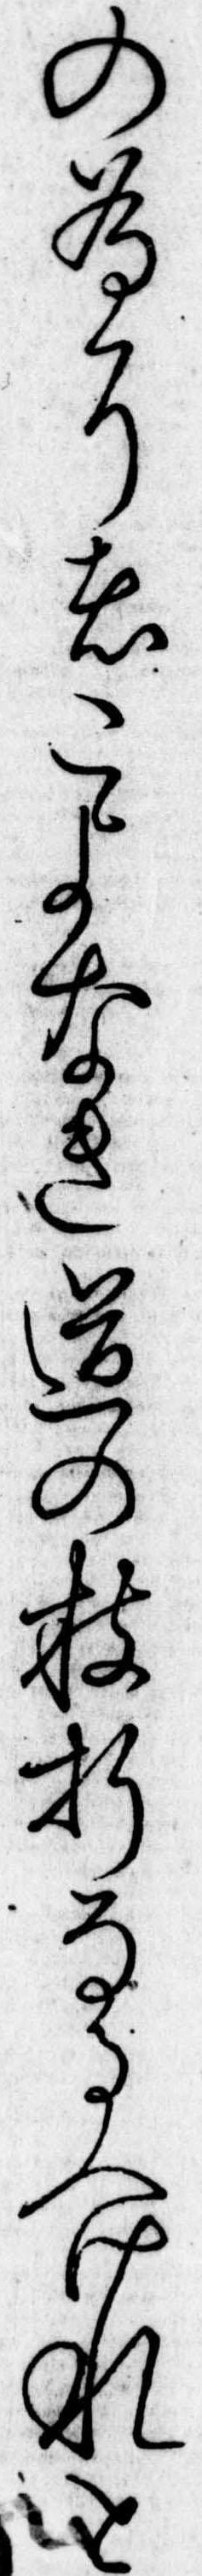
の為にはこよなき道の枝折なるへけれと